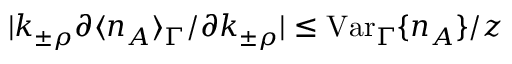
| k _ { \pm \rho } \partial \langle n _ { A } \rangle _ { \Gamma } / \partial k _ { \pm \rho } | \leq \mathrm { V a r } _ { \Gamma } \{ n _ { A } \} / z